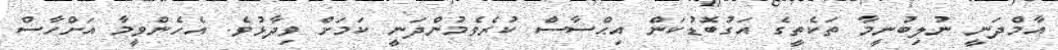
އާމްދަނީ ނުލިބުނީމާ ތަކެތީގެ އަގުބޮޑުކަން އިޙްސާސް ކުރެވެމުންދަނީ ކަމަށް ވިދާޅުވެ. އެހެންވީމާ އަށްހާސް